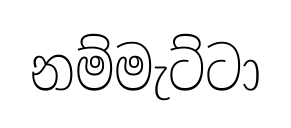
නම්මැට්ටා